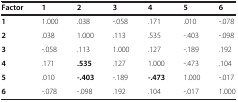
<table><thead><tr><td><b>Factor</b></td><td><b>1</b></td><td><b>2</b></td><td><b>3</b></td><td><b>4</b></td><td><b>5</b></td><td><b>6</b></td></tr></thead><tbody><tr><td><b>1</b></td><td>1.000</td><td>.038</td><td>-.058</td><td>.171</td><td>.010</td><td>-.078</td></tr><tr><td><b>2</b></td><td>.038</td><td>1.000</td><td>.113</td><td>.535</td><td>-.403</td><td>-.098</td></tr><tr><td><b>3</b></td><td>-.058</td><td>.113</td><td>1.000</td><td>.127</td><td>-.189</td><td>.192</td></tr><tr><td><b>4</b></td><td>.171</td><td><b>.535</b></td><td>.127</td><td>1.000</td><td>-.473</td><td>.104</td></tr><tr><td><b>5</b></td><td>.010</td><td><b>-.403</b></td><td>-.189</td><td><b>-.473</b></td><td>1.000</td><td>-.017</td></tr><tr><td><b>6</b></td><td>-.078</td><td>-.098</td><td>.192</td><td>.104</td><td>-.017</td><td>1.000</td></tr></tbody></table>